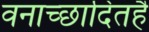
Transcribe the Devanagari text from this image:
वनाच्‍छादितहै